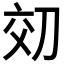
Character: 𫥿